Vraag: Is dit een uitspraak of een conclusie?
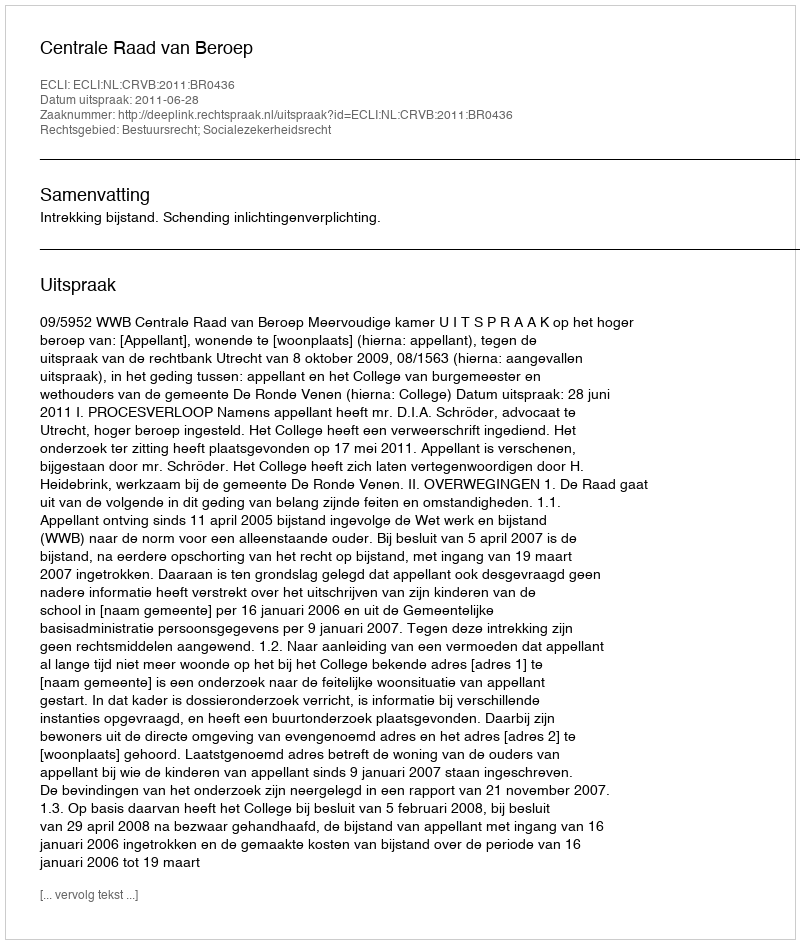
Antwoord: Uitspraak